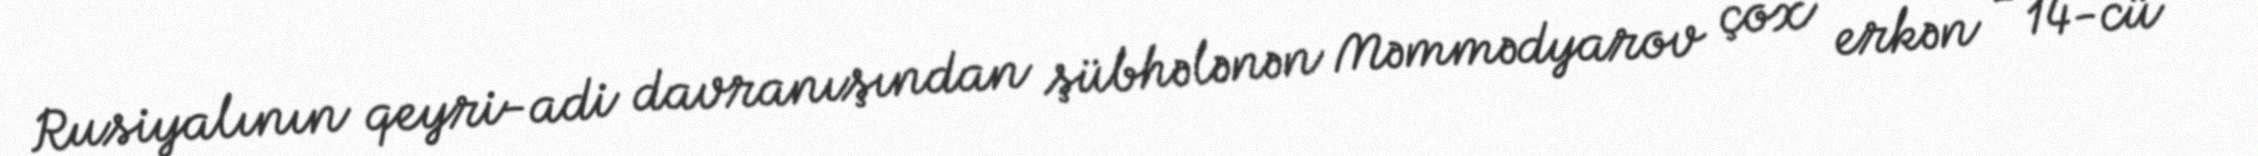
Rusiyalının qeyri-adi davranışından şübhələnən Məmmədyarov çox erkən - 14-cü